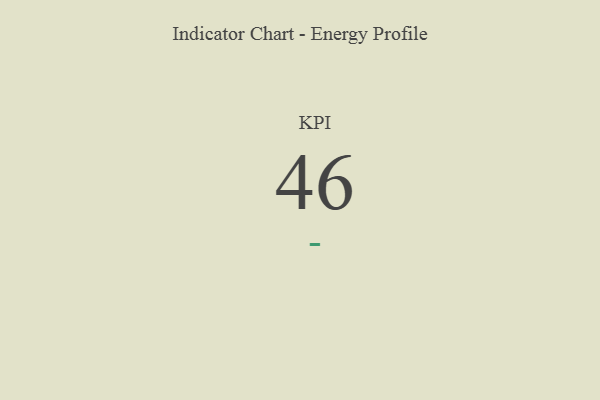
{"axis": {"x": "KPI", "y": "Value"}, "legend": [""], "data": [{"x": "KPI", "y": 46, "type": ""}]}